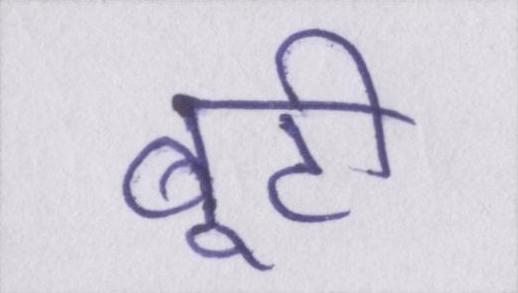
बूटी